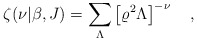
\begin{align*}\zeta(\nu|\beta,J)=\sum_{\Lambda}\left[\varrho^2\Lambda\right]^{-\nu}~~~,\end{align*}